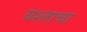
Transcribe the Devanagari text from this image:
यश्ताचा